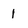
Character: 1